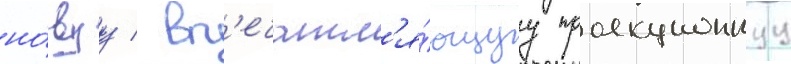
но́вуу / вп'ечатл'я́ющуу проекционнуу